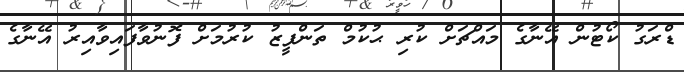
ޑްރަގު ކޯޓުން އޭނާގެ މައްޗަށް ކުރި ޙުކުމް ތަންފީޒު ކުރުމަށް ފޮނުވާފައިވާއިރު އޭނާގެ